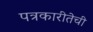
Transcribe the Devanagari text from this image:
पत्रकारीतेची